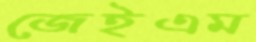
জেইএম